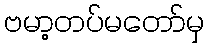
ဗမာ့တပ်မတော်မှ